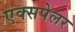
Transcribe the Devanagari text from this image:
एक्सपेलर